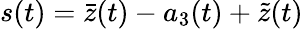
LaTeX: s(t)=\bar{z}(t)-a_{3}(t)+\tilde{z}(t)